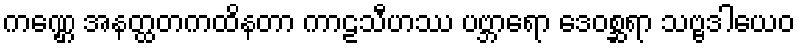
ကဏ္ဌေ အနတ္ထတကထိနတာ ကာဠသီဟဿ ပဗ္ဘာရော ဒေဝစ္ဆရာ သဗ္ဗဒါယေဝ